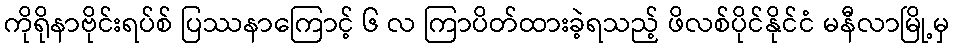
ကိုရိုနာဗိုင်းရပ်စ် ပြဿနာကြောင့် ၆ လ ကြာပိတ်ထားခဲ့ရသည့် ဖိလစ်ပိုင်နိုင်ငံ မနီလာမြို့မှ